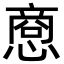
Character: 𪬥